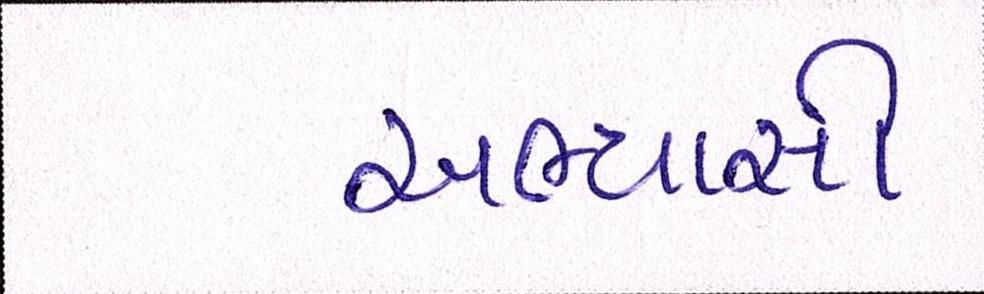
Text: અભ્યાસી